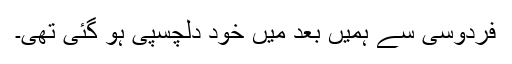
فردوسی سے ہمیں بعد میں خود دلچسپی ہو گئی تھی۔